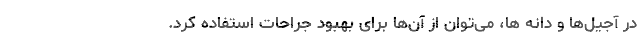
در آجیل‌ها و دانه ها، می‌توان از آن‌ها برای بهبود جراحات استفاده کرد.